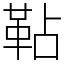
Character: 䩞